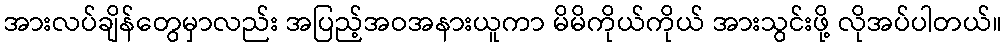
အားလပ်ချိန်တွေမှာလည်း အပြည့်အဝအနားယူကာ မိမိကိုယ်ကိုယ် အားသွင်းဖို့ လိုအပ်ပါတယ်။